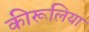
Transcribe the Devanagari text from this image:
कीरूलिया